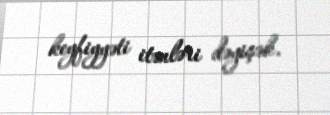
keyfiyyəti itənləri dəyişək.